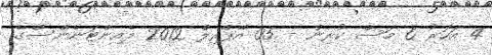
4 އަހަރު 6 މަސް ކުރިން - 05 އޭޕްރިލް 2012 މެއިންޓަނެންސްގެ